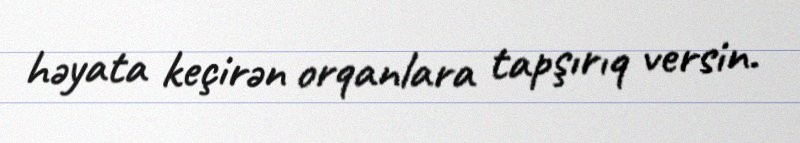
həyata keçirən orqanlara tapşırıq versin.